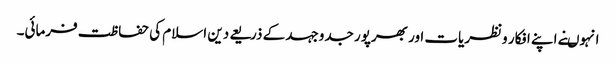
انہوںنے اپنے افکار ونظریات اور بھرپور جدوجہد کے ذریعے دین اسلام کی حفاظت فرمائی۔